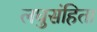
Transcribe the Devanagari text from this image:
लघुसंहिता